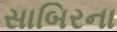
સાબિરના